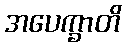
အပေက္ခာတိ